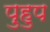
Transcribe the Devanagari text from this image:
पुहुप